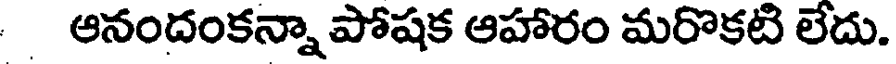
ఆనందంకన్నా పోషక ఆహారం మరొకటి లేదు.